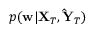
p ( \mathbf { w } | \mathbf { X } _ { T } , \mathbf { \hat { Y } } _ { T } )